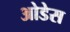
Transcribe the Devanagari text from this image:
ओडेस